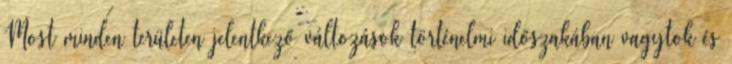
Most minden területen jelentkező változások történelmi időszakában vagytok és